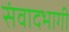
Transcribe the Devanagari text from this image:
संवादभागी